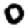
Digit: 0